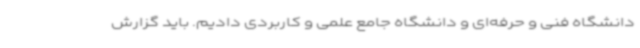
دانشگاه فنی و حرفه‌ای و دانشگاه جامع علمی و کاربردی دادیم. باید گزارش